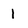
Character: 1